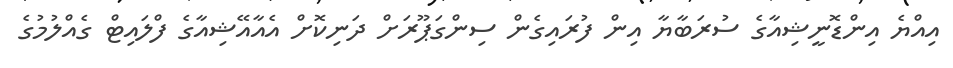
އިއްޔެ އިންޑޮނީޝިއާގެ ސުރަބާޔާ އިން ފުރައިގެން ސިންގަޕޫރަށް ދަނިކޮށް އެއާއޭޝިއާގެ ފްލައިޓް ގެއްލުމުގެ